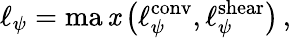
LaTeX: \ell_{\psi}=\operatorname*{ma\mathit{x}}\left(\ell_{\psi}^{\mathrm{{{conv}}}},\ell_{\psi}^{\mathrm{{{shear}}}}\right)\, ,